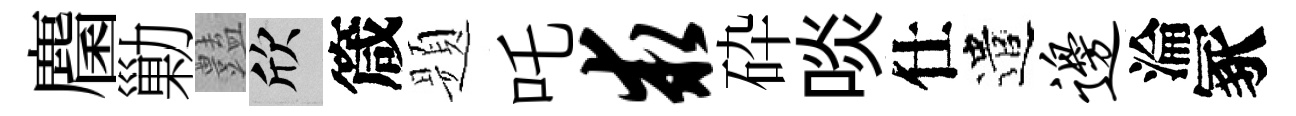
麕勦𧰟欣箴题吒求砕啖仕遣边淪冢